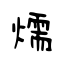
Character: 燸